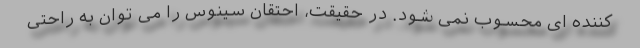
کننده ای محسوب نمی شود. در حقیقت، احتقان سینوس را می توان به راحتی